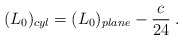
\begin{align*}(L_{0})_{cyl}=(L_{0})_{plane}-\frac{c}{24}\;.\end{align*}